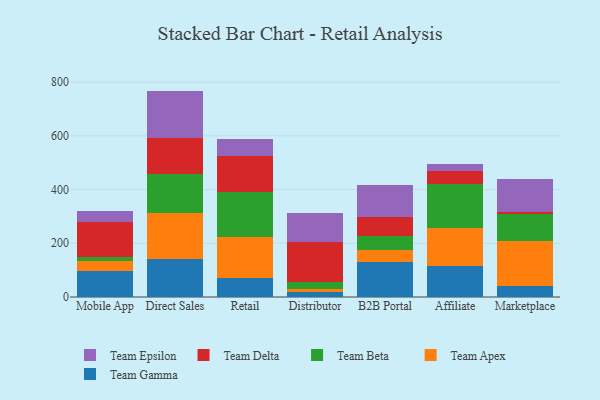
{"axis": {"x": "Channel", "y": "Waste Production (Tons)"}, "legend": ["Team Apex", "Team Beta", "Team Delta", "Team Epsilon", "Team Gamma"], "data": [{"x": "Mobile App", "y": 96.0, "type": "Team Gamma"}, {"x": "Mobile App", "y": 38.5, "type": "Team Apex"}, {"x": "Mobile App", "y": 14.9, "type": "Team Beta"}, {"x": "Mobile App", "y": 129.3, "type": "Team Delta"}, {"x": "Mobile App", "y": 42.0, "type": "Team Epsilon"}, {"x": "Direct Sales", "y": 141.5, "type": "Team Gamma"}, {"x": "Direct Sales", "y": 172.0, "type": "Team Apex"}, {"x": "Direct Sales", "y": 143.5, "type": "Team Beta"}, {"x": "Direct Sales", "y": 134.2, "type": "Team Delta"}, {"x": "Direct Sales", "y": 176.4, "type": "Team Epsilon"}, {"x": "Retail", "y": 71.4, "type": "Team Gamma"}, {"x": "Retail", "y": 151.5, "type": "Team Apex"}, {"x": "Retail", "y": 167.5, "type": "Team Beta"}, {"x": "Retail", "y": 132.9, "type": "Team Delta"}, {"x": "Retail", "y": 66.5, "type": "Team Epsilon"}, {"x": "Distributor", "y": 18.4, "type": "Team Gamma"}, {"x": "Distributor", "y": 10.0, "type": "Team Apex"}, {"x": "Distributor", "y": 26.8, "type": "Team Beta"}, {"x": "Distributor", "y": 150.2, "type": "Team Delta"}, {"x": "Distributor", "y": 105.6, "type": "Team Epsilon"}, {"x": "B2B Portal", "y": 131.6, "type": "Team Gamma"}, {"x": "B2B Portal", "y": 44.6, "type": "Team Apex"}, {"x": "B2B Portal", "y": 51.5, "type": "Team Beta"}, {"x": "B2B Portal", "y": 69.7, "type": "Team Delta"}, {"x": "B2B Portal", "y": 118.8, "type": "Team Epsilon"}, {"x": "Affiliate", "y": 115.0, "type": "Team Gamma"}, {"x": "Affiliate", "y": 141.5, "type": "Team Apex"}, {"x": "Affiliate", "y": 165.1, "type": "Team Beta"}, {"x": "Affiliate", "y": 47.2, "type": "Team Delta"}, {"x": "Affiliate", "y": 28.0, "type": "Team Epsilon"}, {"x": "Marketplace", "y": 39.9, "type": "Team Gamma"}, {"x": "Marketplace", "y": 169.1, "type": "Team Apex"}, {"x": "Marketplace", "y": 101.7, "type": "Team Beta"}, {"x": "Marketplace", "y": 5.4, "type": "Team Delta"}, {"x": "Marketplace", "y": 123.0, "type": "Team Epsilon"}]}